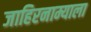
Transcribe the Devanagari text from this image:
जाहिरनाम्याला